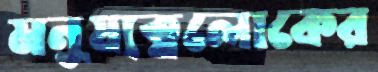
মনুষ্যত্বলোকের